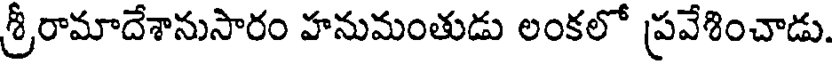
శ్రీరామాదేశానుసారం హనుమంతుడు లంకలో ప్రవేశించాడు.